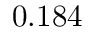
0 . 1 8 4